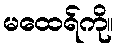
မထေရ်ကို။